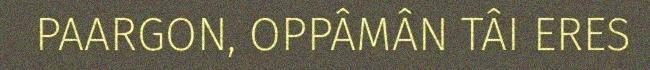
PAARGON, OPPÂMÂN TÂI ERES